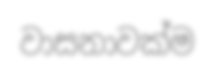
වාසනාවක්ම